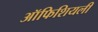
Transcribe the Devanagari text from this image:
ऑफिशियली